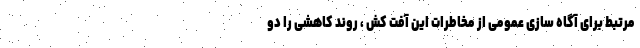
مرتبط برای آگاه سازی عمومی از مخاطرات این آفت کش ، روند کاهشی را دو